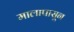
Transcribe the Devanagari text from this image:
मालापासून